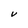
Character: e